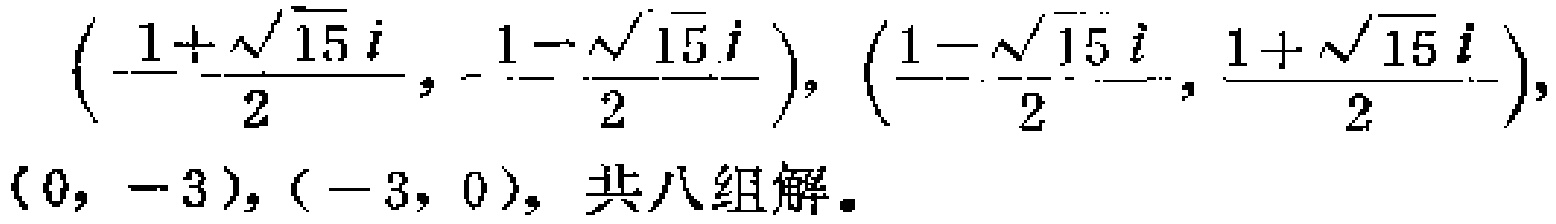
$\left(-\frac{1 + \sqrt{15}i}{2},-\frac{1 - \sqrt{15}i}{2}\right),\left(\frac{1 - \sqrt{15}i}{2},\frac{1 + \sqrt{15}i}{2}\right),(0, -3), (-3, 0),\ 共八组解。$